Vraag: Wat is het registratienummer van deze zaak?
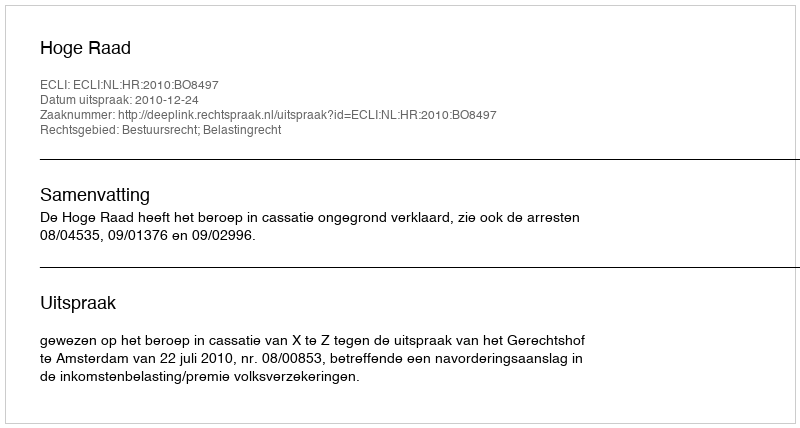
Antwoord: http://deeplink.rechtspraak.nl/uitspraak?id=ECLI:NL:HR:2010:BO8497